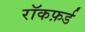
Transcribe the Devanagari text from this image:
रॉकफ़र्ड